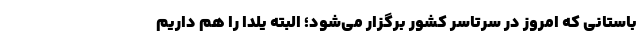
باستانی که امروز در سرتاسر کشور برگزار می‌شود؛ البته یلدا را هم داریم